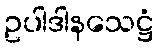
ဥပါဒါနသေဋ္ဌံ